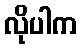
လိုပါက